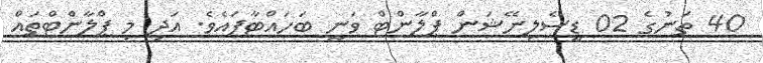
40 ތަނުގެ 02 ޑީސެލިނޭޝަން ޕްލާންޓް ވަނީ ބަހައްޓާފައެވެ. އަދި މި ޕްލާންޓްތައް